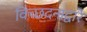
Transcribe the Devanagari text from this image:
विच्छदनाद्वारे